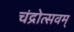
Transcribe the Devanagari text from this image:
चंद्रोत्सवम्